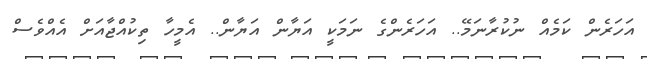
އަހަރެން ކަމެއް ނުކުރާނަމޭ.. އަހަރެންގެ ނަމަކީ އަޔާން އަޔާން.. އެމީހާ ތިކުއްޖާއަށް އެއްވެސް